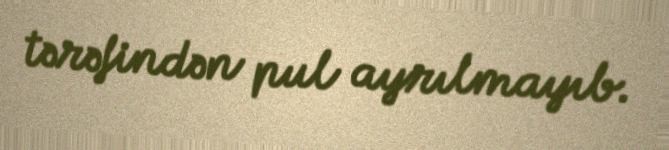
tərəfindən pul ayrılmayıb.